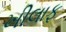
ખીલાફ